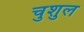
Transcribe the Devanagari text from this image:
चुशुल